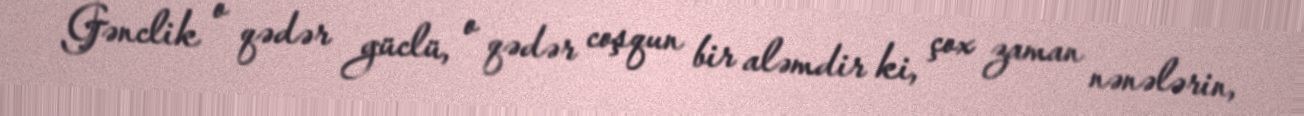
Gənclik o qədər güclü, o qədər coşqun bir aləmdir ki, çox zaman nənələrin,